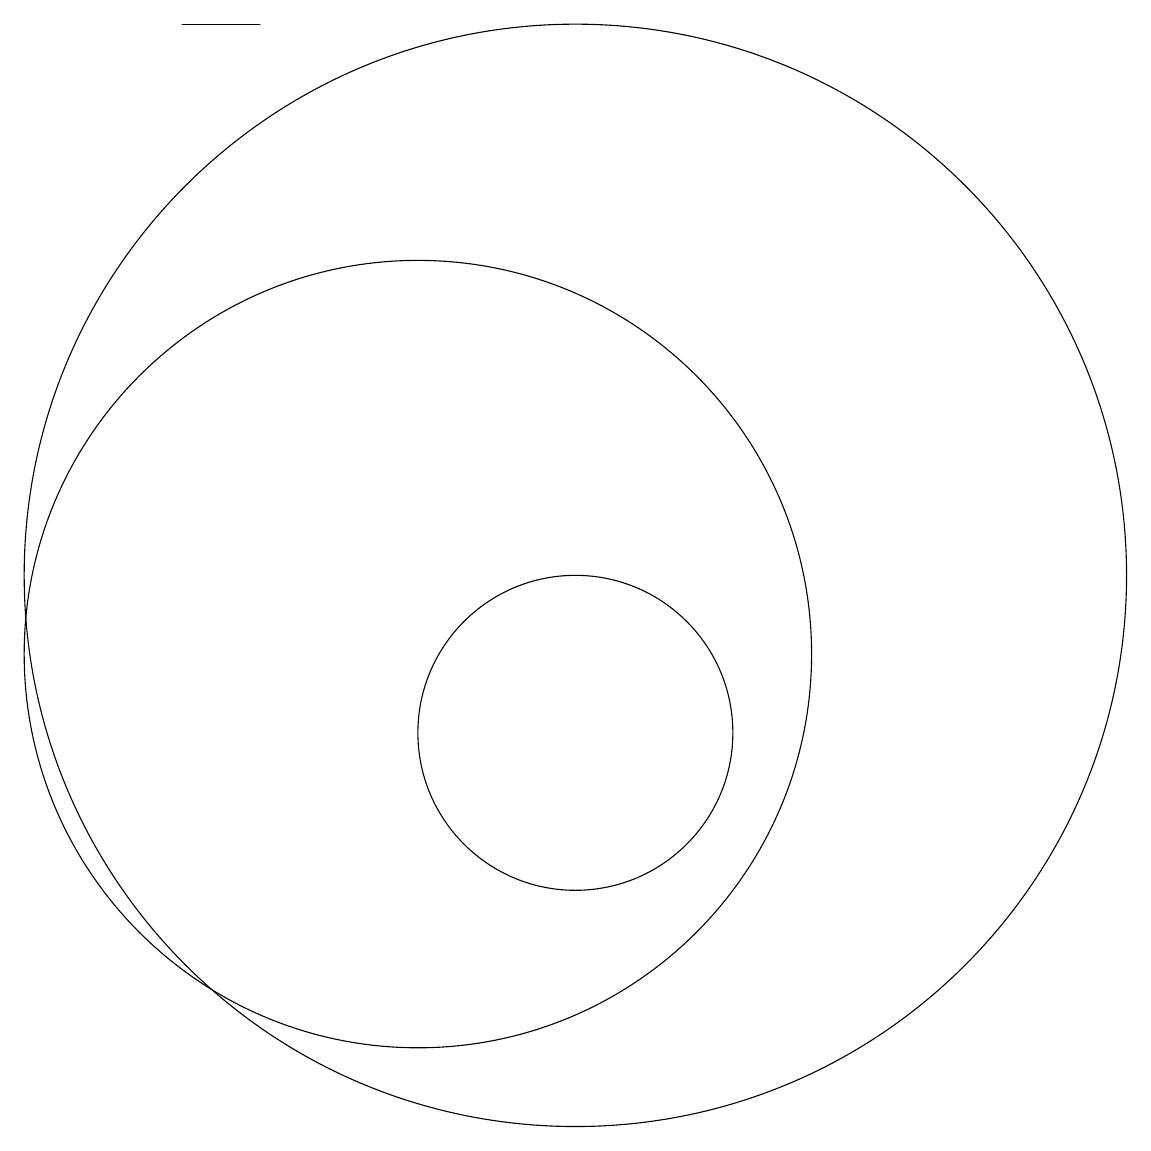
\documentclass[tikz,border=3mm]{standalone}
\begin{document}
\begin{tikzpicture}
\draw (12,12) circle (7);
\draw (7,19) rectangle (8,19);
\draw (12,10) circle (2);
\draw (10,11) circle (5);
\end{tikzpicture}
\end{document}